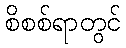
စိစစ်ရာတွင်